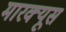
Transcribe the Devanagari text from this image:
मारक्यूस